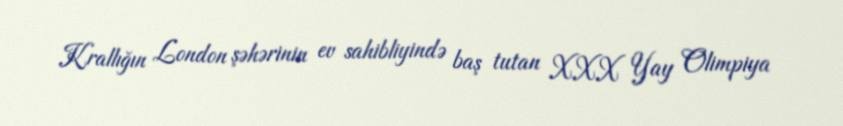
Krallığın London şəhərinin ev sahibliyində baş tutan XXX Yay Olimpiya